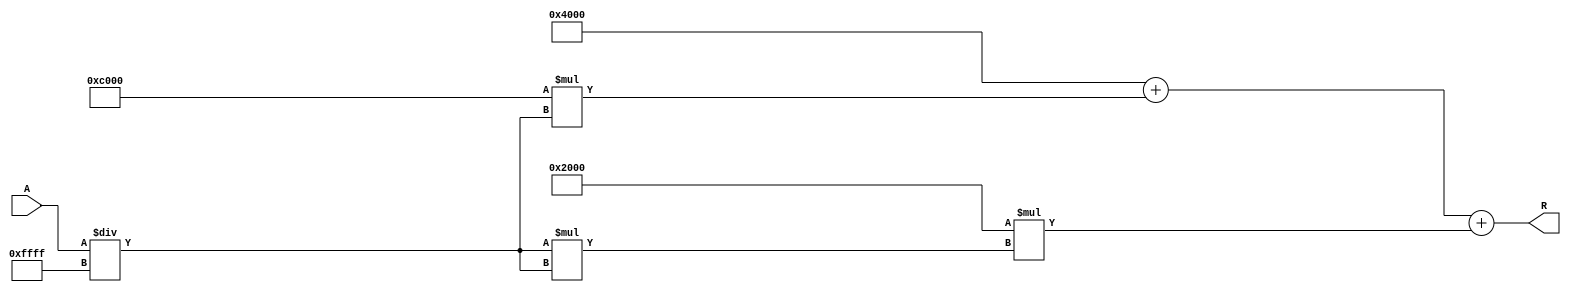
module ApproximateReciprocal #(
    parameter WIDTH = 16,           // Width of input and output
    parameter MAX_VALUE = 16'hFFFF   // Maximum expected value for normalization
)(
    input  wire [WIDTH-1:0] A,     // Input value
    output wire [WIDTH-1:0] R       // Approximate reciprocal output
);

    // Normalize input A to the range [0, 1]
    wire [WIDTH-1:0] normalized_A;
    assign normalized_A = A / MAX_VALUE; // Simple normalization

    // Polynomial coefficients for approximation (example coefficients)
    // This is a simple polynomial approximation of 1/x
    // You may need to adjust coefficients for better accuracy
    localparam [WIDTH-1:0] COEF0 = 16'h4000; // 1.0
    localparam [WIDTH-1:0] COEF1 = 16'hC000; // -1.0
    localparam [WIDTH-1:0] COEF2 = 16'h2000; // 0.5

    // Polynomial approximation: R  COEF0 + COEF1 * normalized_A + COEF2 * normalized_A^2
    wire [WIDTH-1:0] normalized_A_squared;
    assign normalized_A_squared = normalized_A * normalized_A;

    wire [WIDTH-1:0] approx_R;
    assign approx_R = COEF0 + (COEF1 * normalized_A) + (COEF2 * normalized_A_squared);

    // Scale back to the original range if necessary
    // Here we assume the output is already in the correct range
    assign R = approx_R;

endmodule